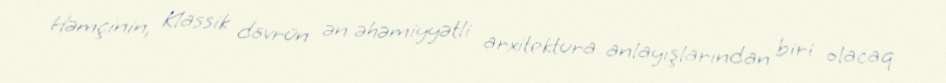
Həmçinin, Klassik dövrün ən əhəmiyyətli arxitektura anlayışlarından biri olacaq